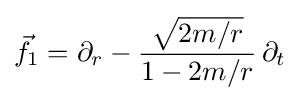
{\vec {f}}_{1}=\partial _{r}-{\frac {\sqrt {2m/r}}{1-2m/r}}\,\partial _{t}